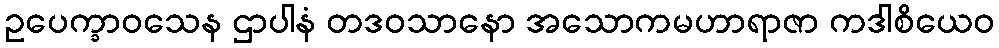
ဥပေက္ခာဝသေန ဌာပါနံ တဒဝသာနော အသောကမဟာရာဇာ ကဒါစိယေဝ